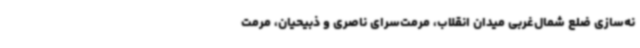
نه‌سازی ضلع شمال‌غربی میدان انقلاب، مرمت‌سرای ناصری و ذبیحیان، مرمت